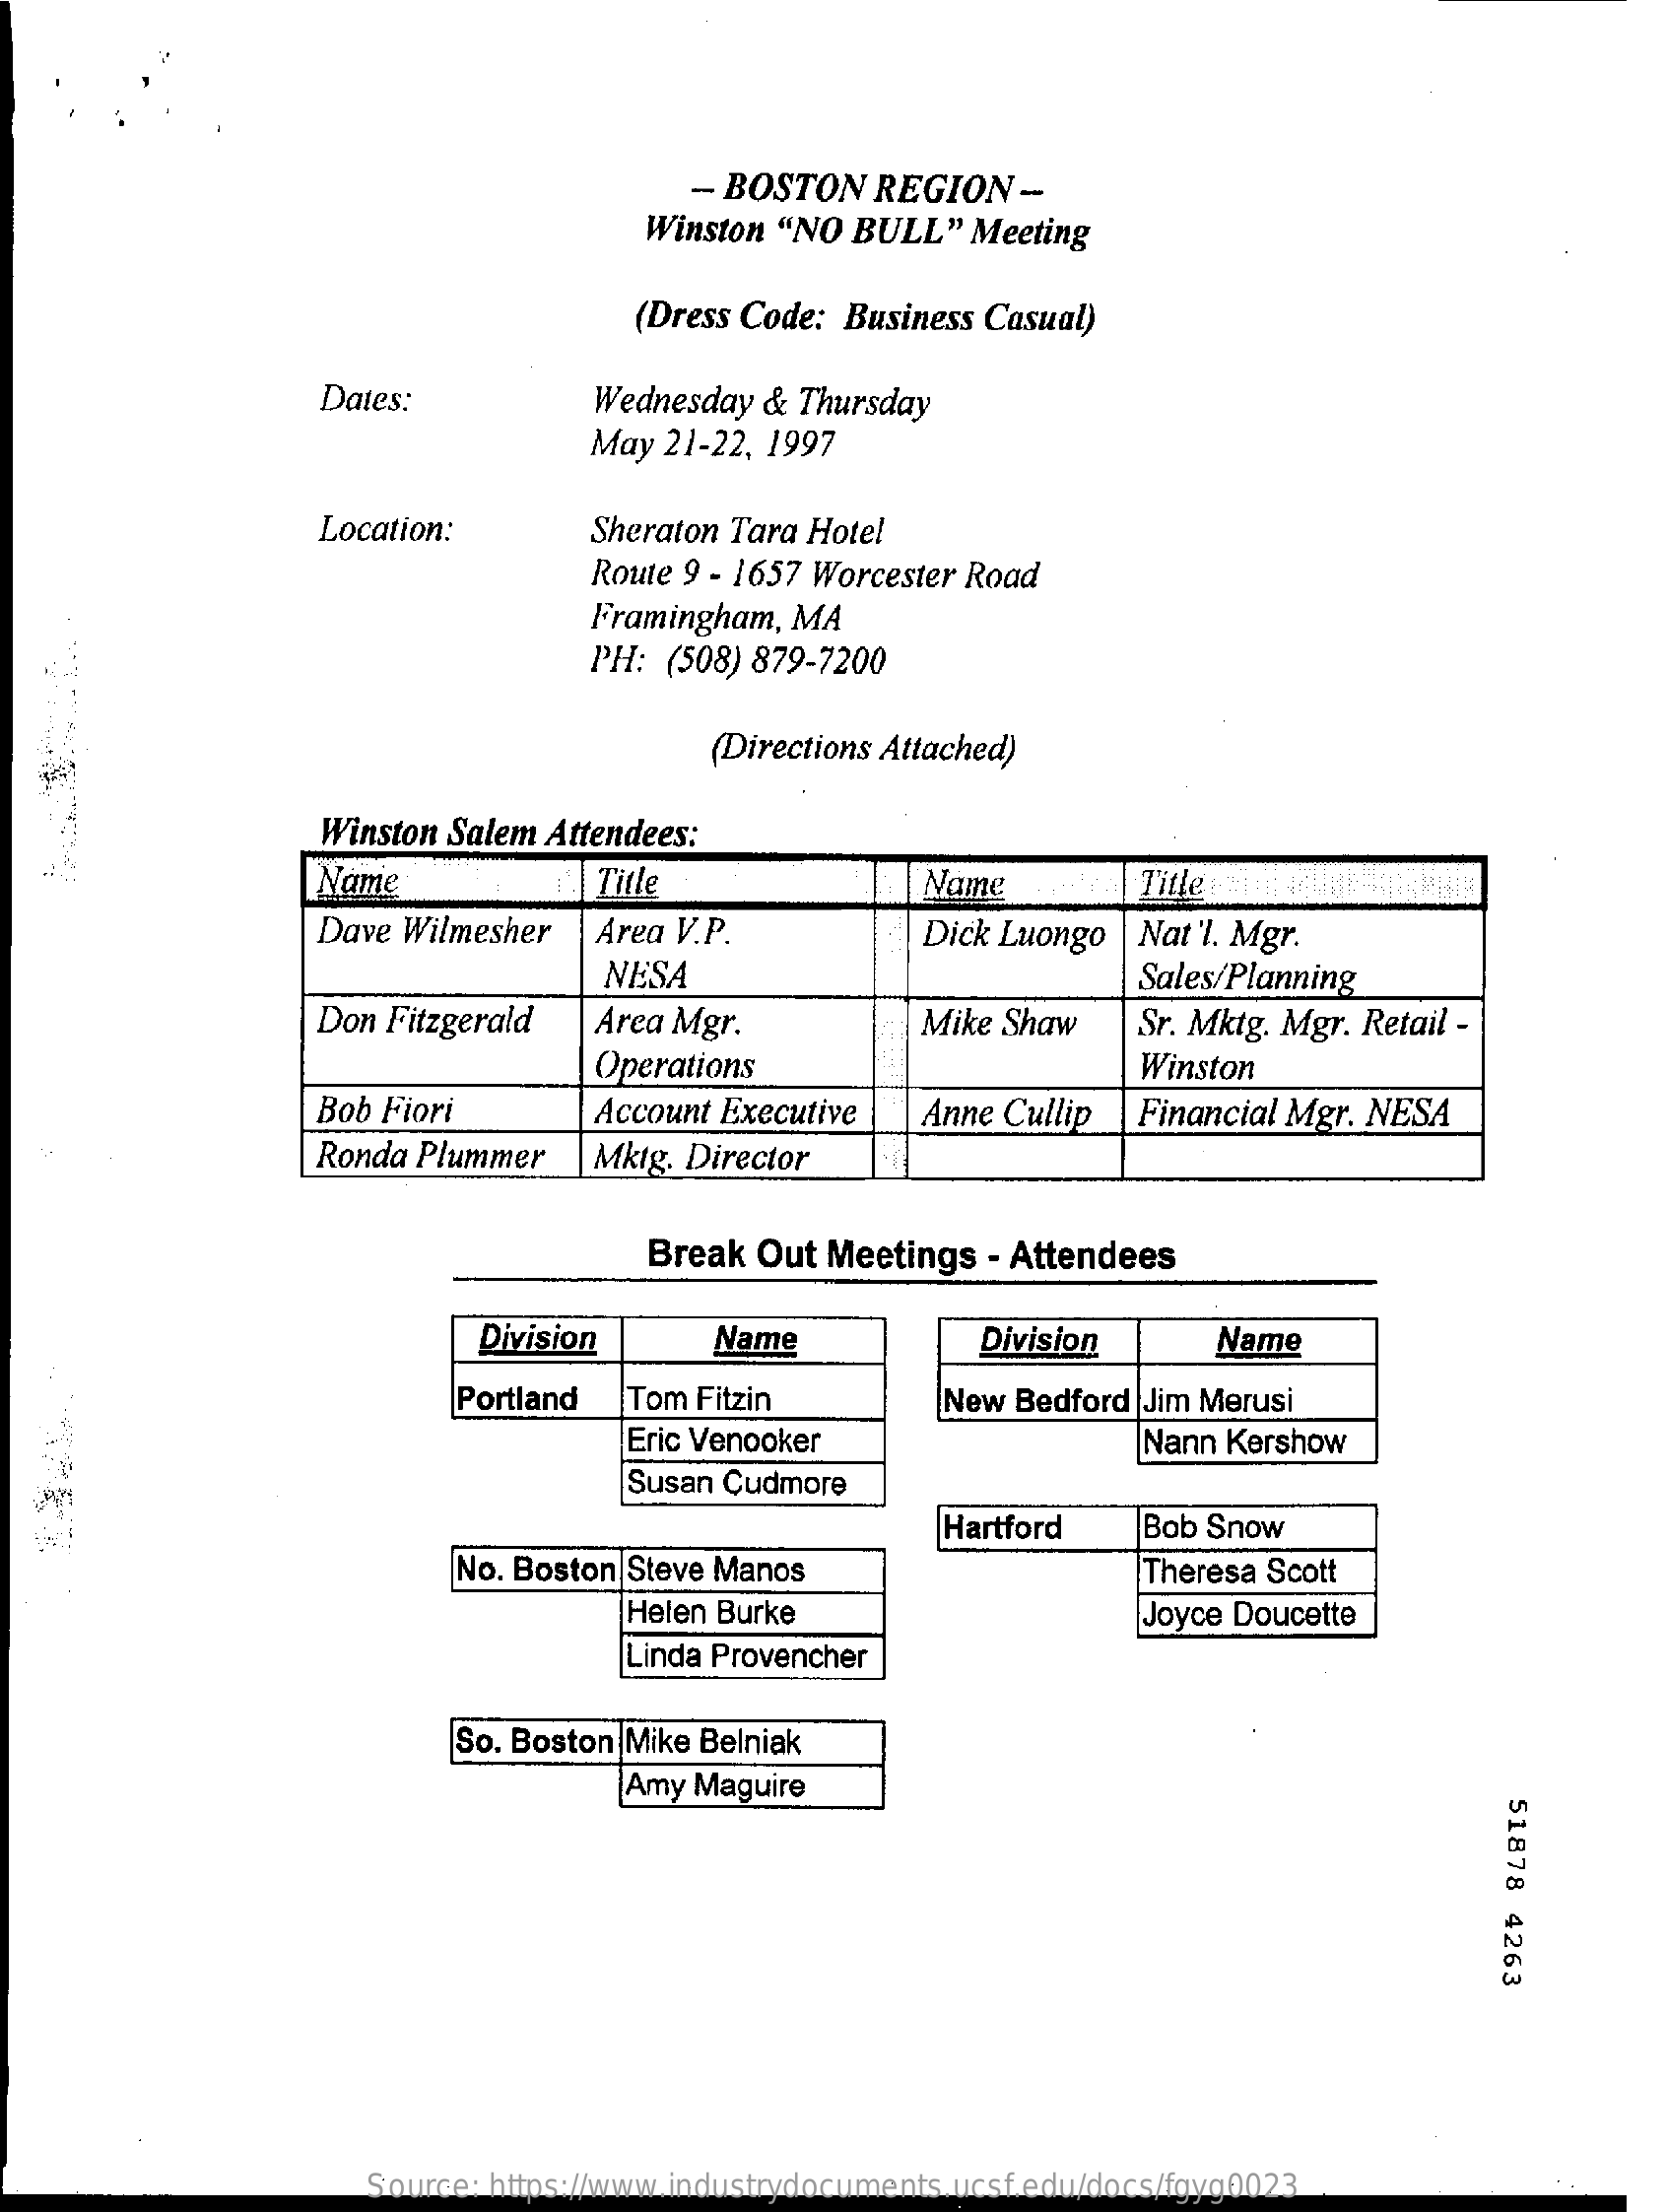
- BOSTON   REGION    --
     Winston "NO  BULL"   Meeting
     (Dress Code:  Business Casual)
     Dates:    Wednesday &  Thursday
     May 21-22, 1997
     Location:    Sheraton Tara Hotel
     Route 9 - 1657 Worcester Road
     Framingham, MA
     PH: (508) 879-7200
     (Directions Attached)
     Winston Salem Attendees:
     Name    Title    Name    Title
     Dave Wilmesher    Área V.P.    Dick Luongo  Nat'l. Mgr.
     NESA    Sales/Planning
     Don Fitzgerald    Area Mgr.    Mike Shaw    Sr. Mktg. Mgr. Retail -
     Operations    Winston
     Bob Fiori    Account Executive    Anne Cullip  Financial Mgr. NESA
     Ronda Plummer    Mktg. Director
     Break  Out Meetings   - Attendees
     Division    Name    Division    Name
     Portland   Tom Fitzin    New Bedford  Jim Merusi
     Eric Venooker    Nann Kershow
     Susan Cudmore
     Hartford    Bob Snow
     No. Boston Steve Manos    Theresa Scott
     Helen Burke    Joyce Doucette
     Linda Provencher
     So. Boston Mike Belniak
     Amy Maguire
     51878
     4263
     Source: https://www.industrydocuments.ucsf.edu/docs/fgyg0023